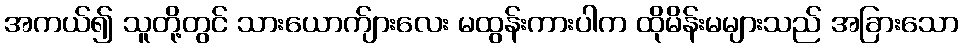
အကယ်၍ သူတို့တွင် သားယောက်ျားလေး မထွန်းကားပါက ထိုမိန်းမများသည် အခြားသော